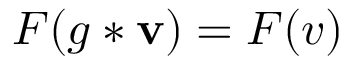
F ( g * \mathbf { v } ) = F ( v )